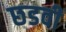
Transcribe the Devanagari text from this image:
छडवी